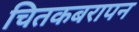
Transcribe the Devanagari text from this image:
चितकबरापन